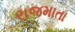
રાજમાતા